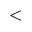
<